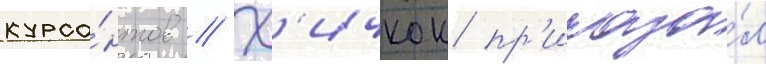
курса́нтов // Х'ичкок пр'иказа́л